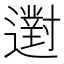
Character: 𨘗